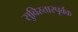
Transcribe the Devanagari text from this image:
सुविस्तारपूर्वक